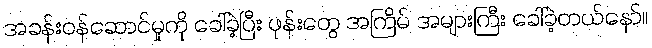
အခန်းဝန်ဆောင်မှုကို ခေါ်ခဲ့ပြီး ဖုန်းတွေ အကြိမ် အများကြီး ခေါ်ခဲ့တယ်နော်။